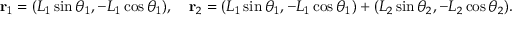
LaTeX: \mathbf { r } _ { 1 } = ( L _ { 1 } \sin \theta _ { 1 } , - L _ { 1 } \cos \theta _ { 1 } ) , \quad \mathbf { r } _ { 2 } = ( L _ { 1 } \sin \theta _ { 1 } , - L _ { 1 } \cos \theta _ { 1 } ) + ( L _ { 2 } \sin \theta _ { 2 } , - L _ { 2 } \cos \theta _ { 2 } ) .